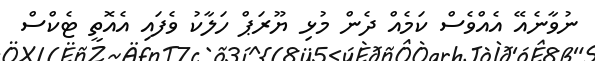
ނުވާނެއޭ އެއްވެސް ކަމެއް ދެން މުޅި ޔޫރަޕް ހަލާކު ވެފައި އެއޮތީ ޓެކްސް